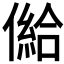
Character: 𠎨